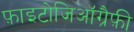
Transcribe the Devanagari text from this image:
फ़ाइटोजिऑग्रैफ़ी